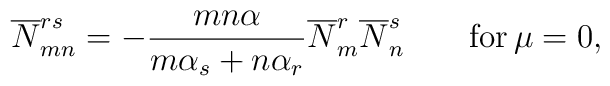
\overline{N}_{mn}^{rs} = - \frac{mn\alpha}{m\alpha_s + n \alpha_r}\overline{N}_m^r \overline{N}_n^s \qquad {\rm for}\,  \mu =0,